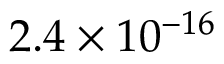
2 . 4 \times 1 0 ^ { - 1 6 }